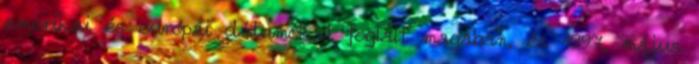
amerikai és európai dátumokat foglalt magában, és 1997. május